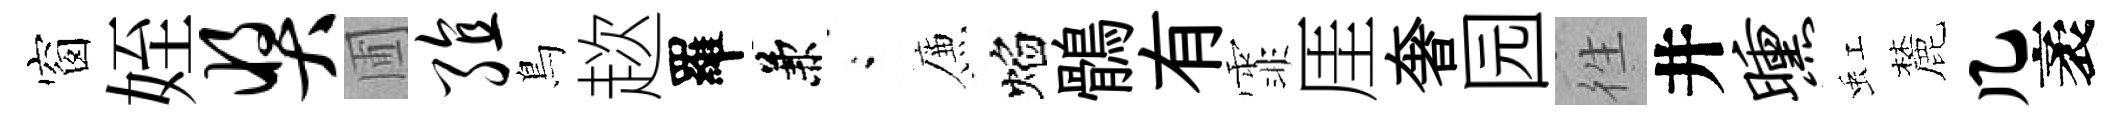
窗姪奖圃殖鳥趑羅兼閤簾焰鶻有霏厓奢园徃井曛虹麓几袤